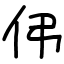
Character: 伄